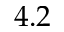
4 . 2